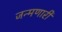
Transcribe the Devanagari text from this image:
जन्मणारी